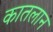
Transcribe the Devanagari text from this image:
कातलान